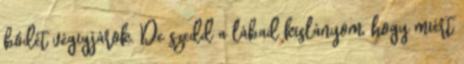
bódét végigjárok. De szedd a lábad kislányom, hogy miért